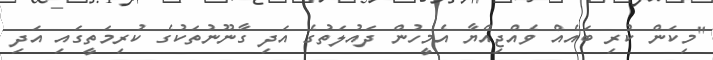
"މިކަން ކުރި ބައެއް ވެއްޖިއްޔާ އެމީހުން ދައުލަތުގެ އަދި ގާނޫނުތަކުގެ ކުރިމަތީގައި އަދި